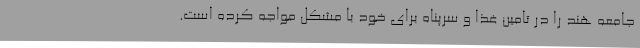
جامعه هند را در تامین غذا و سرپناه برای خود با مشکل مواجه کرده است.